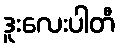
ဒူးလေးပါတီ